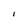
Character: i